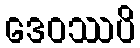
ဒေဝဿပိ